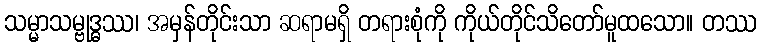
သမ္မာသမ္ဗုဒ္ဓဿ၊ အမှန်တိုင်းသာ ဆရာမရှိ တရားစုံကို ကိုယ်တိုင်သိတော်မူထသော။ တဿ